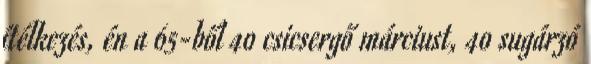
ítélkezés, én a 65-ből 40 csicsergő márciust, 40 sugárzó